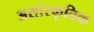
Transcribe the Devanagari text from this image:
असांस्कृतिक